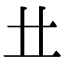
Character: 龷